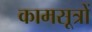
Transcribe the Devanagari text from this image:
कामसूत्रों